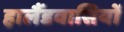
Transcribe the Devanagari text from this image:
हालैंडवासियों